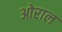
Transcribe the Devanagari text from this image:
ओराल